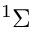
^ 1 \Sigma